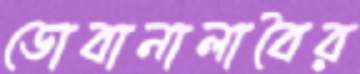
ডোবানালাবৈর